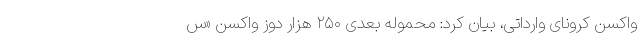
واکسن کرونای وارداتی، بیان کرد: محموله بعدی ۲۵۰ هزار دوز واکسن «س